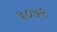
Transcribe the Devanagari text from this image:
३०७२